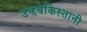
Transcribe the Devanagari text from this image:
उझबेकिस्तानी